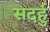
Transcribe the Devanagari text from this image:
सदर्हु